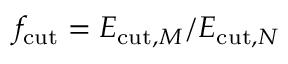
f _ { \mathrm { c u t } } = E _ { \mathrm { c u t } , M } / E _ { \mathrm { c u t } , N }